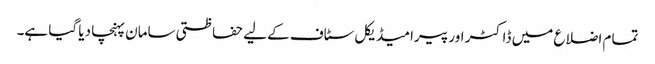
تمام اضلاع میں ڈاکٹر اور پیرا میڈیکل سٹاف کے لیے حفاظتی سامان پہنچا دیا گیا ہے۔